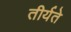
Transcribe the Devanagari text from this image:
तीर्यते